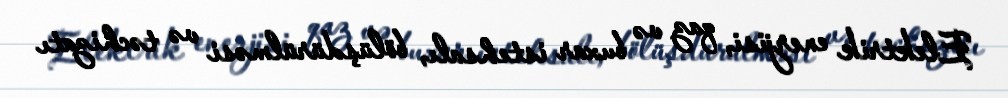
Elektrik enerjisi, qaz və buxar istehsalı, bölüşdürülməsi və təchizatı